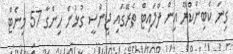
ގިނަ ކެބިންކްރޫ އިން ފްލައިޓް ތެރޭގައި ޖިންސީ ގުޅުން ހިންގާ 57 މިނެޓް